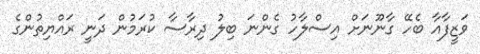
ވަޒީފާއާ ބެހޭ ގާނޫނަށް އިސްލާހު ގެންނަ ބިލު ދިރާސާ ކުރަމުން ދަނީ ރައްޔިތުންގެ